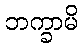
ဘက္ခာမိ